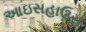
આઇસહાઉસ